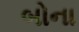
બોના